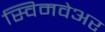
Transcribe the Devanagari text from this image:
स्विमवेअर